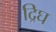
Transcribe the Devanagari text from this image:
द्रिघ